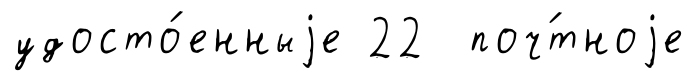
удосто́енныjе 22 поч́тноjе